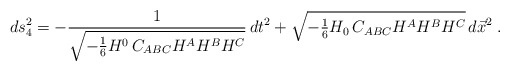
\begin{align*} ds_4^2 = - \frac{1}{\sqrt{ - {1 \over 6 } H^0 \, C_{ABC} H^A H^B H^C}} \,dt^2 + \sqrt{- {\textstyle{1 \over 6}} H_0 \, C_{ABC} H^A H^B H^C } \, d\vec{x}^2 \;.\end{align*}